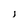
Character: j